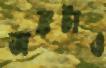
অঙ্কটাও